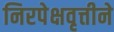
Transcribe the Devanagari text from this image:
निरपेक्षवृत्तीने